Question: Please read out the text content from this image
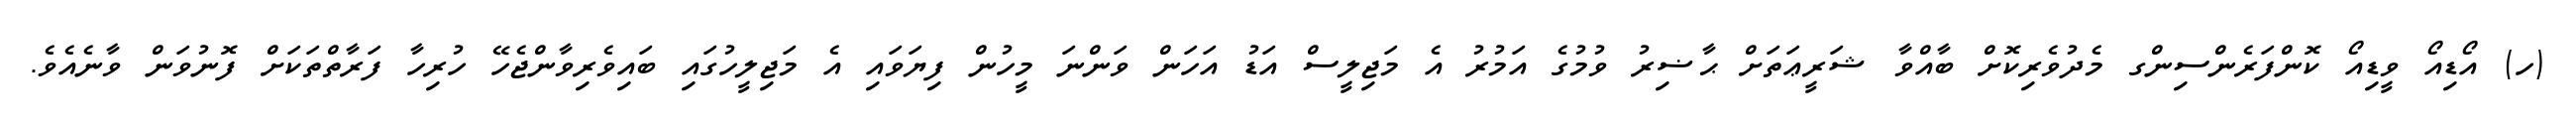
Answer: (ހ) އޯޑިއޯ ވީޑިއޯ ކޮންފަރެންސިންގ މެދުވެރިކޮށް ބާއްވާ ޝަރީޢަތަށް ޙާޟިރު ވުމުގެ އަމުރު އެ މަޖިލީސް އަޑު އަހަން ވަންނަ މީހުން ފިޔަވައި އެ މަޖިލީހުގައި ބައިވެރިވާންޖެހޭ ހުރިހާ ފަރާތްތަކަށް ފޮނުވަން ވާނެއެވެ.